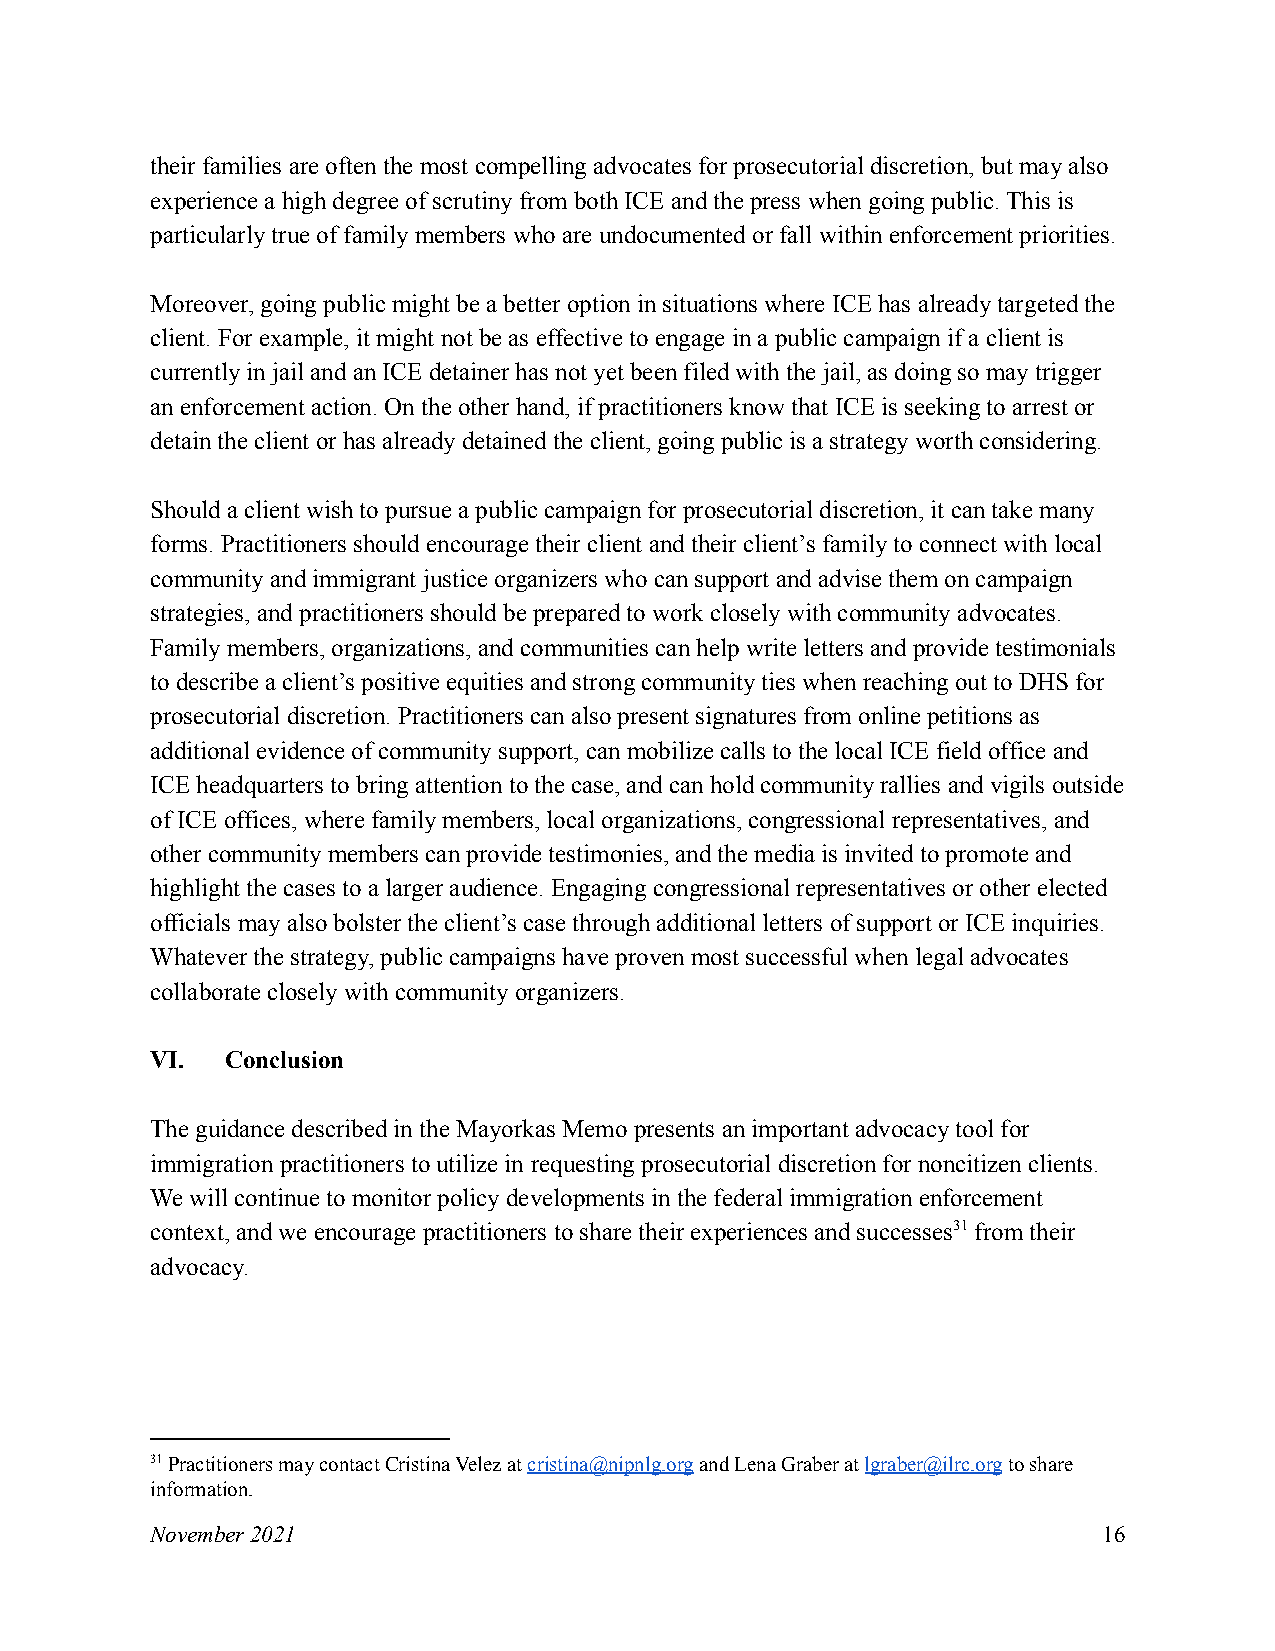
their families are often the most compelling advocates for prosecutorial discretion, but may also
 experience a high degree of scrutiny from both ICE and the press when going public. This is
 particularly true of family members who are undocumented or fall within enforcement priorities.
 Moreover, going public might be a better option in situations where ICE has already targeted the
 client. For example, it might not be as effective to engage in a public campaign if a client is
 currently in jail and an ICE detainer has not yet been filed with the jail, as doing so may trigger
 an enforcement action. On the other hand, if practitioners know that ICE is seeking to arrest or
 detain the client or has already detained the client, going public is a strategy worth considering.
 Should a client wish to pursue a public campaign for prosecutorial discretion, it can take many
 forms. Practitioners should encourage their client and their client’s family to connect with local
 community and immigrant justice organizers who can support and advise them on campaign
 strategies, and practitioners should be prepared to work closely with community advocates.
 Family members, organizations, and communities can help write letters and provide testimonials
 to describe a client’s positive equities and strong community ties when reaching out to DHS for
 prosecutorial discretion. Practitioners can also present signatures from online petitions as
 additional evidence of community support, can mobilize calls to the local ICE field office and
 ICE headquarters to bring attention to the case, and can hold community rallies and vigils outside
 of ICE offices, where family members, local organizations, congressional representatives, and
 other community members can provide testimonies, and the media is invited to promote and
 highlight the cases to a larger audience. Engaging congressional representatives or other elected
 officials may also bolster the client’s case through additional letters of support or ICE inquiries.
 Whatever the strategy, public campaigns have proven most successful when legal advocates
 collaborate closely with community organizers.
 VI.  Conclusion
 The guidance described in the Mayorkas Memo presents an important advocacy tool for
 immigration practitioners to utilize in requesting prosecutorial discretion for noncitizen clients.
 We will continue to monitor policy developments in the federal immigration enforcement
 context, and we encourage practitioners to share their experiences and successes31from their
 advocacy.
 31Practitioners may contact Cristina Velez atcristina@nipnlg.organd Lena Graber atlgraber@ilrc.orgto share
 information.
 November 2021                                                  16